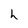
Character: h